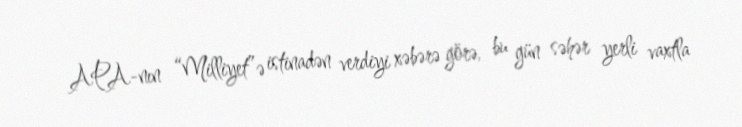
APA-nın “Milliyet”ə istinadən verdiyi xəbərə görə, bu gün səhər yerli vaxtla